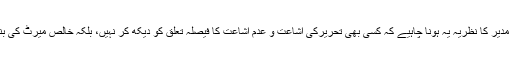
حالاں کہ ہر مدیر کا نظریہ یہ ہونا چاہیے کہ کسی بھی تحریرکی اشاعت و عدم اشاعت کا فیصلہ تعلق کو دیکھ کر نہیں، بلکہ خالص میرٹ کی بنیاد پر کرے۔